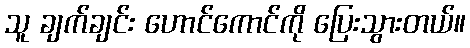
သူ ချက်ချင်း ဟောင်ကောင်ကို ပြေးသွားတယ်။